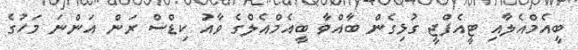
ބީއެމްއެލާއި ޓީއެފްޖީ ގުޅިގެން ބާއްވާ ބީއެމްއެލްގެ ވާއު ކިޑްސް ރަން އަންނަ މަހުގެ